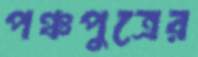
পঞ্চপুত্রের